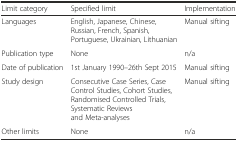
<table><thead><tr><td><b>Limit category</b></td><td><b>Specified limit</b></td><td><b>Implementation</b></td></tr></thead><tbody><tr><td>Languages</td><td>English, Japanese, Chinese, Russian, French, Spanish, Portuguese, Ukrainian, Lithuanian</td><td>Manual sifting</td></tr><tr><td>Publication type</td><td>None</td><td>n/a</td></tr><tr><td>Date of publication</td><td>1st January 1990–26th Sept 2015</td><td>Manual sifting</td></tr><tr><td>Study design</td><td>Consecutive Case Series, Case Control Studies, Cohort Studies, Randomised Controlled Trials, Systematic Reviews and Meta-analyses</td><td>Manual sifting</td></tr><tr><td>Other limits</td><td>None</td><td>n/a</td></tr></tbody></table>